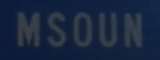
MSOUN